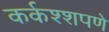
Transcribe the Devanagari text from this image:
कर्कश्शपणे